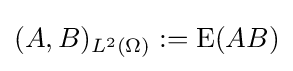
(A,B)_{L^{2}(\Omega )}:=\operatorname {E} (AB)